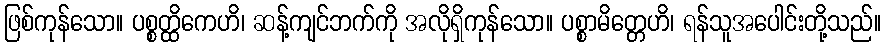
ဖြစ်ကုန်သော။ ပစ္စတ္ထိကေဟိ၊ ဆန့်ကျင်ဘက်ကို အလိုရှိကုန်သော။ ပစ္စာမိတ္တေဟိ၊ ရန်သူအပေါင်းတို့သည်။